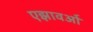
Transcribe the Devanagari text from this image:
एझावओं